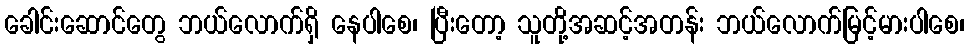
ခေါင်းဆောင်တွေ ဘယ်လောက်ရှိ နေပါစေ၊ ပြီးတော့ သူတို့အဆင့်အတန်း ဘယ်လောက်မြင့်မားပါစေ၊